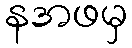
နအဖမှ